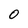
Character: O